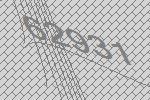
62931